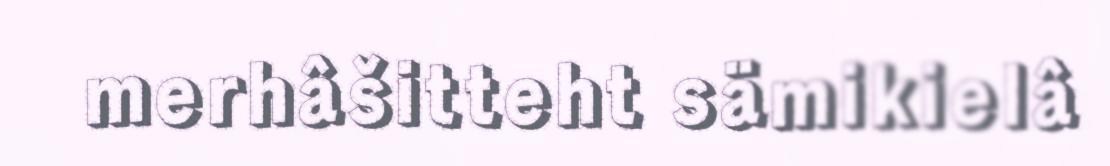
merhâšitteht sämikielâ